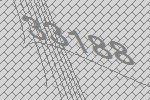
33188